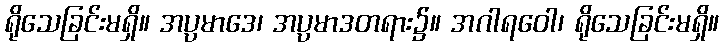
ရိုသေခြင်းမရှိ။ အပ္ပမာဒေ၊ အပ္ပမာဒတရား၌။ အဂါရဝေါ၊ ရိုသေခြင်းမရှိ။